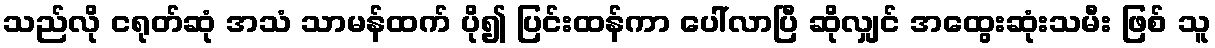
သည်လို ငရုတ်ဆုံ အသံ သာမန်ထက် ပို၍ ပြင်းထန်ကာ ပေါ်လာပြီ ဆိုလျှင် အထွေးဆုံးသမီး ဖြစ် သူ